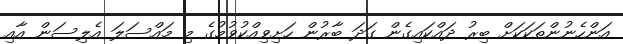
އަންހެނުންތަކަކަށް ބިރު ދައްކައިގެން ގަދަ ބާރުން ހަށިވިއްކުވުމުގެ މި މައްސަލަ އެލިސަން އާއި